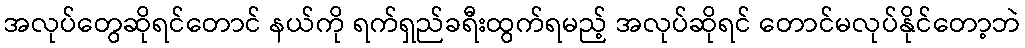
အလုပ်တွေဆိုရင်တောင် နယ်ကို ရက်ရှည်ခရီးထွက်ရမည့် အလုပ်ဆိုရင် တောင်မလုပ်နိုင်တော့ဘဲ